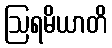
ဩရမိယာတိ